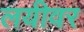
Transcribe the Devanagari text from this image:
लयीवर